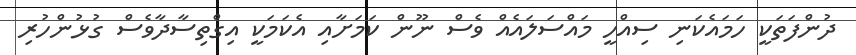
ދުންފަތަކީ ހަމައެކަނި ސިއްހީ މައްސަލައެއް ވެސް ނޫން ކަމަށާއި އެކަމަކީ އިގްތިސާދާވެސް ގުޅުންހުރި